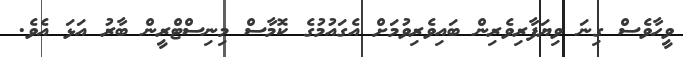
ވީހާވެސް ގިނަ ވިޔަފާރިވެރިން ބައިވެރިވުމަށް އެގައުމުގެ ކޮމާސް މިނިސްޓްރީން ބާރު އަޅަ އެވެ.